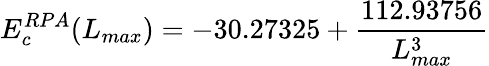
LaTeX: E_{c}^{RPA}(L_{max})=-30.27325+\frac{112.93756}{L_{max}^{3}}